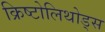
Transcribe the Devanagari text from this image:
क्रिष्टोलिथोड्स